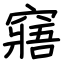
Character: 窹